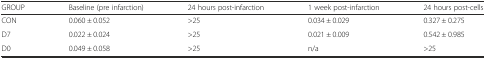
<table><thead><tr><td><b>GROUP</b></td><td><b>Baseline (pre infarction)</b></td><td><b>24 hours post-infarction</b></td><td><b>1 week post-infarction</b></td><td><b>24 hours post-cells</b></td></tr></thead><tbody><tr><td>CON</td><td>0.060 ± 0.052</td><td>&gt;25</td><td>0.034 ± 0.029</td><td>0.327 ± 0.275</td></tr><tr><td>D7</td><td>0.022 ± 0.024</td><td>&gt;25</td><td>0.021 ± 0.009</td><td>0.542 ± 0.985</td></tr><tr><td>D0</td><td>0.049 ± 0.058</td><td>&gt;25</td><td>n/a</td><td>&gt;25</td></tr></tbody></table>